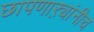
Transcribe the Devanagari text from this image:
छापणाऱ्यांनीच